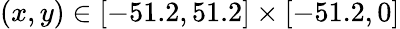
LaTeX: (x,y)\in[-51.2,51.2]\times[-51.2,0]